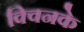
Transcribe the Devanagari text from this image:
क्विनके